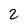
Character: 2